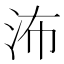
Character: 㳍